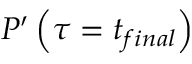
P ^ { \prime } \left( \tau = t _ { f i n a l } \right)